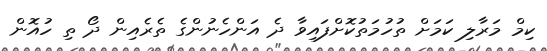
ކިމް މަރާލި ކަމަށް ތުހުމަތުކޮށްފައިވާ ދެ އަންހެނުންގެ ތެރެއިން ދޯ ތި ހުއޮން